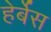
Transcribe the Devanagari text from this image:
हेर्बेस